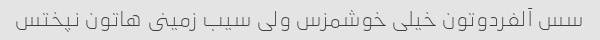
سس آلفردوتون خیلى خوشمزس ولى سیب زمینى هاتون نپختس